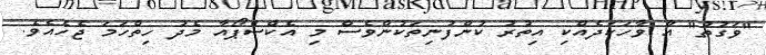
"ވަގުތު" އާ ވާހަަކަދެއްކި އިތުރު ކުންފުނިތަކުންވެސް މި އެކްސްޕޯއާ މެދު ހިތްހަމަ ޖެހެއެވެ.